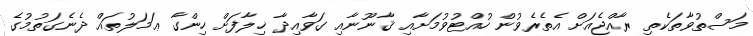
މަސްތުވާތަކެތި ރާއްޖެއަށް އެތެރެވުން ހުއްޓުވުމަށާއި ޤާނޫނާއި ގަވާއިދާ ޚިލާފަށް ހިންގާ ޢަމަލުތައް ދެނެގަތުމުގެ